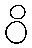
ဝိ